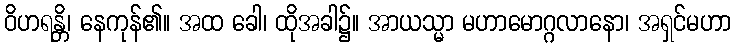
ဝိဟရန္တိ၊ နေကုန်၏။ အထ ခေါ၊ ထိုအခါ၌။ အာယသ္မာ မဟာမောဂ္ဂလာနော၊ အရှင်မဟာ